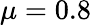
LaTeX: \mu=0.8